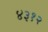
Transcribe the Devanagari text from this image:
४३१२